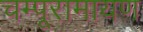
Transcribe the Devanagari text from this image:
चम्पूरामायण